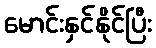
မောင်းနှင်နိုင်ပြီး